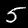
Digit: 5